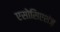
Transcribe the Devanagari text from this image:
एसोसिएशंज़